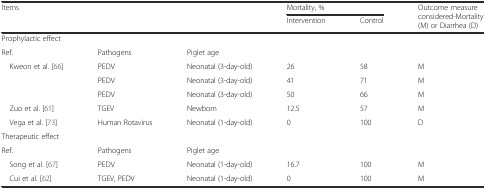
<table><thead><tr><td rowspan="2" colspan="3"><b>Items</b></td><td colspan="2"><b>Mortality, %</b></td><td rowspan="2"><b>Outcome measure considered-Mortality (M) or Diarrhea (D)</b></td></tr><tr><td><b>Intervention</b></td><td><b>Control</b></td></tr></thead><tbody><tr><td colspan="6">Prophylactic effect</td></tr><tr><td>Ref.</td><td>Pathogens</td><td>Piglet age</td><td></td><td></td><td></td></tr><tr><td> Kweon et al. [66]</td><td>PEDV</td><td>Neonatal (3-day-old)</td><td>26</td><td>58</td><td>M</td></tr><tr><td></td><td>PEDV</td><td>Neonatal (3-day-old)</td><td>41</td><td>71</td><td>M</td></tr><tr><td></td><td>PEDV</td><td>Neonatal (3-day-old)</td><td>50</td><td>66</td><td>M</td></tr><tr><td> Zuo et al. [61]</td><td>TGEV</td><td>Newborn</td><td>12.5</td><td>57</td><td>M</td></tr><tr><td> Vega et al. [73]</td><td>Human Rotavirus</td><td>Neonatal (1-day-old)</td><td>0</td><td>100</td><td>D</td></tr><tr><td colspan="6">Therapeutic effect</td></tr><tr><td>Ref.</td><td>Pathogens</td><td>Piglet age</td><td></td><td></td><td></td></tr><tr><td> Song et al. [67]</td><td>PEDV</td><td>Neonatal (1-day-old)</td><td>16.7</td><td>100</td><td>M</td></tr><tr><td> Cui et al. [62]</td><td>TGEV, PEDV</td><td>Neonatal (1-day-old)</td><td>0</td><td>100</td><td>M</td></tr></tbody></table>